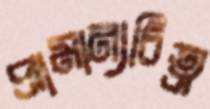
প্রামান্যচিত্র